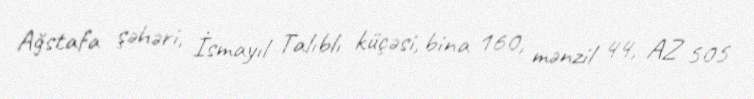
Ağstafa şəhəri, İsmayıl Talıblı küçəsi, bina 160, mənzil 44, AZ 505